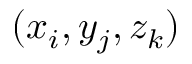
( x _ { i } , y _ { j } , z _ { k } )